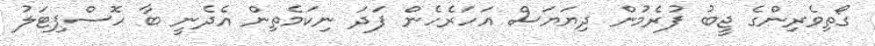
ގޯތިވެރިންގެ ޖީބު ފުރެމުން ދިޔަޔަސް އަހަރެހެން ފަދަ ނިކަމެތިން އެދެނީ ބާ ހޮސްޕިޓަލު